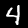
Digit: 4